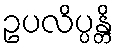
ဥပလိပ္ပန္တိ